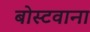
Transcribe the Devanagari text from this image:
बोस्टवाना